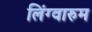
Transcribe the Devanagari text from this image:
लिंग्वारुम